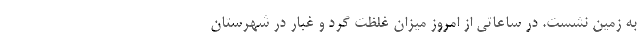
به زمین نشست. در ساعاتی از امروز میزان غلظت گرد و غبار در شهرستان